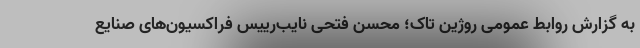
به گزارش روابط عمومی روژین تاک؛ محسن فتحی نایب‌رییس فراکسیون‌های صنایع